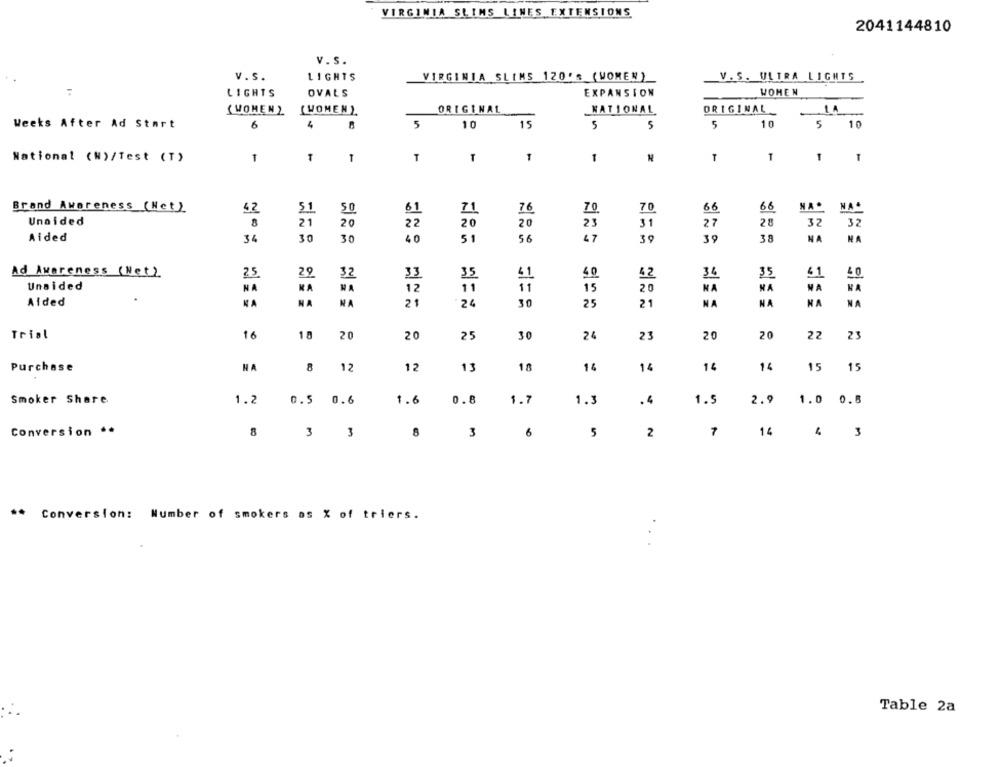
VIRGINIA SLIMS LINES EXTENSIONS
2041144810
V.s.
v.s.
LIGHTS
VIRGINIA SLIMS 120'S (WOMEN)
V. S. ULTRA LIGHTS
LIGHTS
EXPANSION
WOMEN
OVALS
ORIGINAL
(WOMEN)
(WOMEN)
ORIGINAL
NATIONAL
1A
Weeks After Ad Start
6
4
5
10
5
10
15
5
5
5
10
National (W)/Test (T)
-
1
T
T
1
T
T
1
T
Brand Awareness (Nct)
66
66
NA*
51
50
61
71
76
70
70
NA.
Unaided
21
20
22
20
23
31
27
28
32
32
8
20
Aided
30
30
40
51
56
47
39
39
38
NA
HA
34
Ad Awareness (Net)
25
29
32
41
40
42
36
35
41
40
32
Unaided
NA
WA
15
20
NA
NA
WA
WA
Aided
NA
HA
NA
21
24
30
25
21
NA
NA
NA
Trial
16
18
20
20
25
30
24
23
20
20
22
23
Purchase
NA
8
12
12
13
18
14
14
14
14
15
15
Smoker Share
1.6
0.8
1.2
0.5 0.6
1.7
1.3
.4
1.
2.9
1.0 0.8
Conversion **
8
3
3
8
3
6
5
2
7
14
4 3
** Conversion: Number of smokers as X of triers.
Table 2a